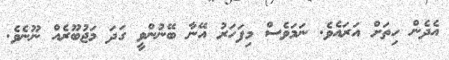
އެދެން ހިތަށް އަރައެވެ. ނަމަވެސް މިފަހަރު އޭނާ ބޭނުންވީ ގަދަ މަޖުބޫރެއް ނޫނެވެ.